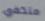
متخفي